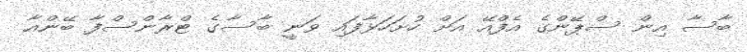
ބާސާ އިން ސްޕޭންގެ އެފްއޭ އަށް ހުށަހަޅާފައި ވަނީ ބާސާގެ ޓްރާންސްފާ ބޭންއާ